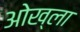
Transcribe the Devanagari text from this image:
ओख्ला